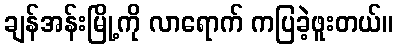
ချန်အန်းမြို့ကို လာရောက် ကပြခဲ့ဖူးတယ်။